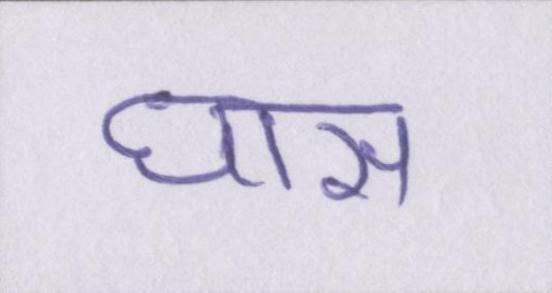
घास